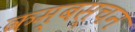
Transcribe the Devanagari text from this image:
कम्बस्चन